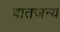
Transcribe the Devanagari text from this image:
वातजन्य